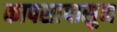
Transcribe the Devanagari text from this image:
कापसापासुन